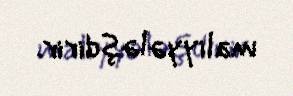
maliyyələşdirir.